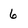
Character: 6